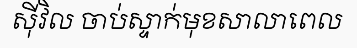
ស៊ីវិល ចាប់ស្ទាក់មុខសាលាពេល